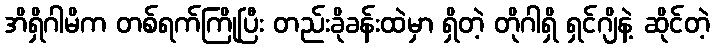
အိရှိဂါမိက တစ်ရက်ကြိုပြီး တည်းခိုခန်းထဲမှာ ရှိတဲ့ တိုဂါရှိ ရှင်ဂျိနဲ့ ဆိုင်တဲ့